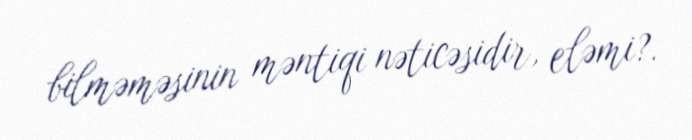
bilməməsinin məntiqi nəticəsidir, eləmi?.